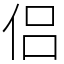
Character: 侣